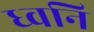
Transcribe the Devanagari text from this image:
ध्‍वनि